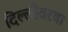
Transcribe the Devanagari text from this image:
दिल्लीवरचा